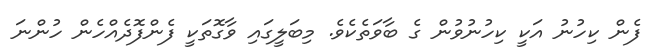
ފެން ކިހުނު އަކީ ކިހުނުވުން ގެ ބާވަތެކެވެ. މިބަލީގައި ވާގޮތަކީ ފެންފޮދެއްހެން ހުންނަ